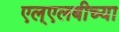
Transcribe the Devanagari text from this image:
एल्‌एलबीच्या